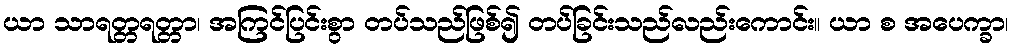
ယာ သာရတ္တရတ္တာ၊ အကြင်ပြင်းစွာ တပ်သည်ဖြစ်၍ တပ်ခြင်းသည်လည်းကောင်း။ ယာ စ အပေက္ခာ၊